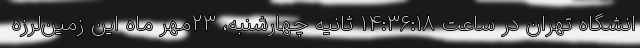
انشگاه تهران در ساعت ۱۴:۳۶:۱۸ ثانیه چهارشنبه، ۲۳مهر ماه این زمین‌لرزه